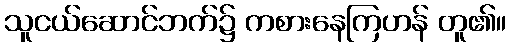
သူငယ်ဆောင်ဘက်၌ ကစားနေကြဟန် တူ၏။